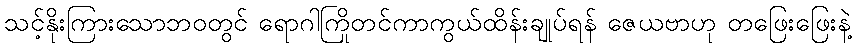
သင့်နိုးကြားသောဘဝတွင် ရောဂါကြိုတင်ကာကွယ်ထိန်းချုပ်ရန် ဇေယဗာဟု တဖြေးဖြေးနဲ့